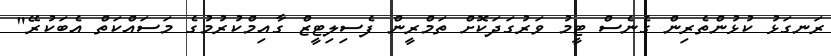
ރަނގަޅު ކުޅުންތެރިން ގެނެސް ޓީމު ވަރުގަދަކޮށް ތަމްރީން ފެސިލިޓީޒް ގާއިމްކުރުމުގެ މަސައްކަތް އެބަކުރޭ"